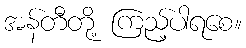
အန်တီတို့ ကြည့်ပါရစေ။